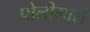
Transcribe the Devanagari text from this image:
पोलीगारों